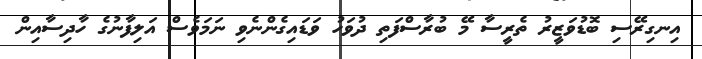
އިނގިރޭސި ބޮޑުވަޒީރު ތެރީސާ މޭ ބުރާސްފަތި ދުވަހު ވަޑައިގެންނެވި ނަމަވެސް އަލިފާނުގެ ހާދިސާއިން